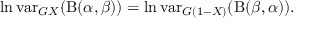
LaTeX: \ln \operatorname { v a r } _ { G X } ( \mathrm { B } ( \alpha , \beta ) ) = \ln \operatorname { v a r } _ { G ( 1 - X ) } ( \mathrm { B } ( \beta , \alpha ) ) .